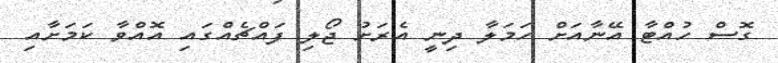
ގޮސް ހުއްޓާ އޭނާއަށް ހަމަލާ ދިނީ އެރަށު ޖޯލި ފައްޗެއްގައި އޮއްވާ ކަމަަށާއި